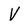
Character: V